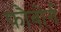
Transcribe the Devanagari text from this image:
फौबोर्ग